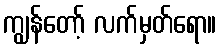
ကျွန်တော့် လက်မှတ်ရော။